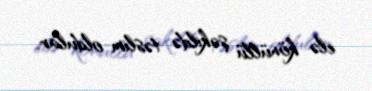
elə könüllü şəkildə təslim oldular.